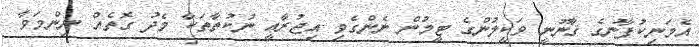
އެމަނިކުފާނުގެ ޤާނޫނީ ވަކީލުންގެ ޓީމުން ނެންގެވި އިޖުރާޢީ ނުކުތާތަކާ މެދު ގޮތެއް ނިންމަވާ